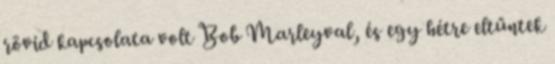
rövid kapcsolata volt Bob Marleyval, és egy hétre eltűntek